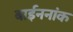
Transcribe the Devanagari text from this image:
बाईननांक